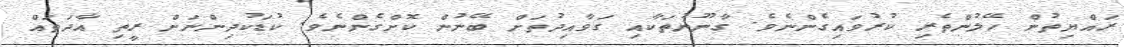
ރައްޔިތުން ހޭލުންތެރި ކުރުވައިގެންނެވެ. ގާނޫނުތަކާއި ގަވާއިދުތަށް ބޭނުން ކޮށްގެންނެވެ. ކުޑަކުދިންނަށް ރީތި އާދަތައް